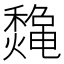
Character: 𱶪